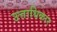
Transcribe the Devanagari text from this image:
उत्ताधिकार